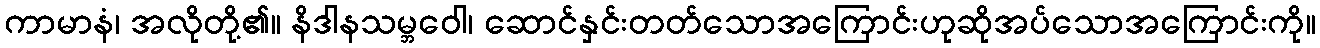
ကာမာနံ၊ အလိုတို့၏။ နိဒါနသမ္ဘဝေါ၊ ဆောင်နှင်းတတ်သောအကြောင်းဟုဆိုအပ်သောအကြောင်းကို။